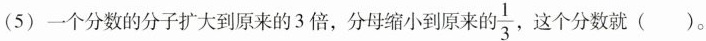
(5) 一个分数的分子扩大到原来的3倍，分母缩小到原来的\frac{1}{3} 这个分数就( )。